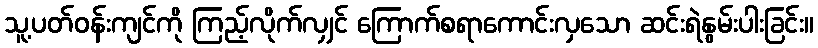
သူ့ပတ်ဝန်းကျင်ကို ကြည့်လိုက်လျှင် ကြောက်စရာကောင်းလှသော ဆင်းရဲနွမ်းပါးခြင်း။